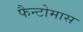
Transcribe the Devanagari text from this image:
फैन्टोमास